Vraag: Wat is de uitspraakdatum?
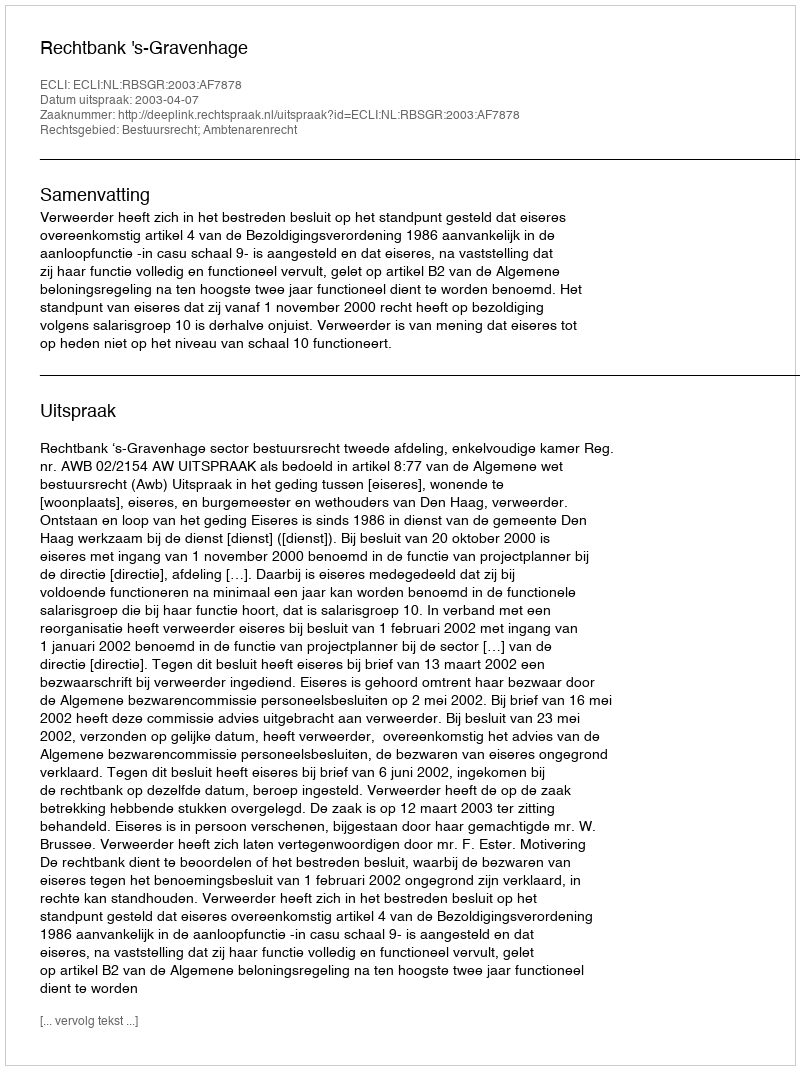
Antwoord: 2003-04-07